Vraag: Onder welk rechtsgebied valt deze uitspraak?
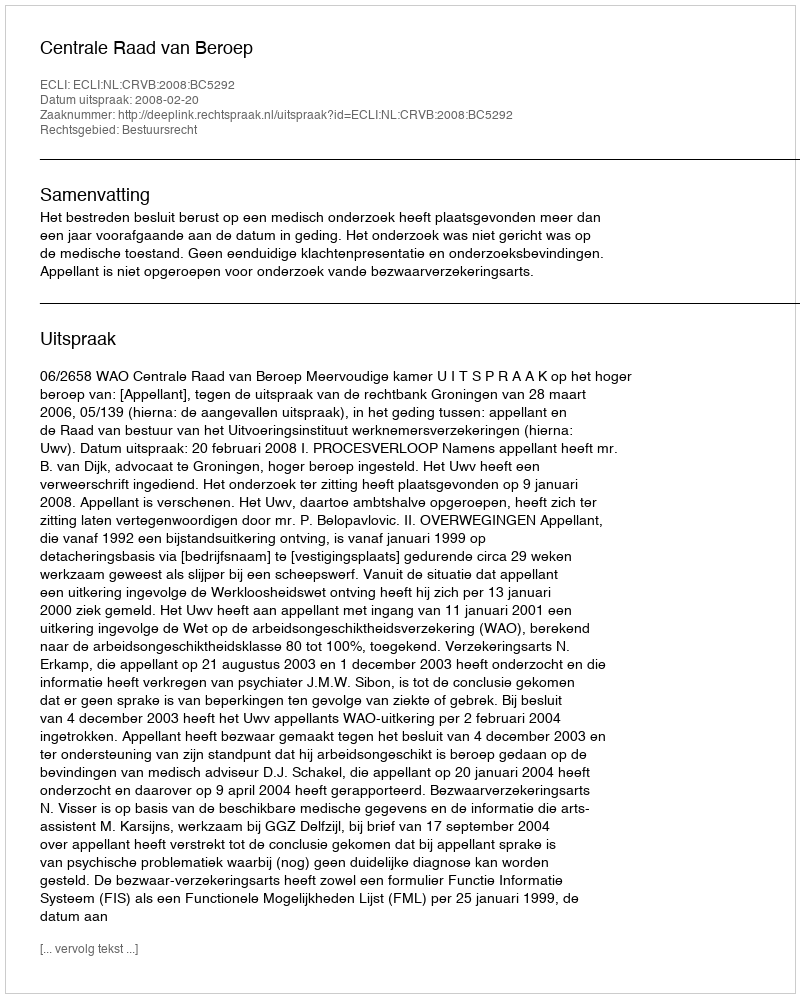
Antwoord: Bestuursrecht